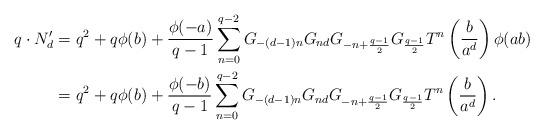
LaTeX: \begin{align*}q\cdot N_{d}^{\prime}&=q^2+q\phi(b)+\frac{\phi(-a)}{q-1}\sum_{n=0}^{q-2}G_{-(d-1)n}G_{nd}G_{-n+\frac{q-1}{2}}G_{\frac{q-1}{2}}T^n\left(\frac{b}{a^d}\right)\phi(ab)\\&=q^2+q\phi(b)+\frac{\phi(-b)}{q-1}\sum_{n=0}^{q-2}G_{-(d-1)n}G_{nd}G_{-n+\frac{q-1}{2}}G_{\frac{q-1}{2}}T^n\left(\frac{b}{a^d}\right).\end{align*}